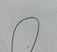
Signature authenticity: genuine